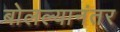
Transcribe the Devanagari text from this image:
बोलल्यानंतर